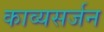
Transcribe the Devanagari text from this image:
काव्यसर्जन